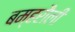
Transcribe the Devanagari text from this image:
बम्हरौली